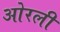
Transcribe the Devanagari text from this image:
ओरली